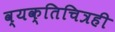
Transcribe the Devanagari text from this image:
व्यक्तिचित्रही